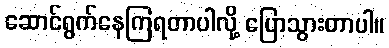
ဆောင်ရွက်နေကြရတာပါလို့ ပြောသွားတာပါ။